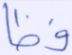
فظا